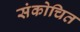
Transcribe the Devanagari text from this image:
संकोचित